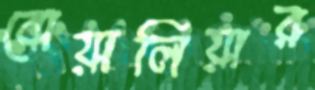
বোয়ালিয়ার